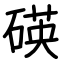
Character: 碤